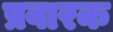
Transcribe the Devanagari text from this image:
प्रवारक